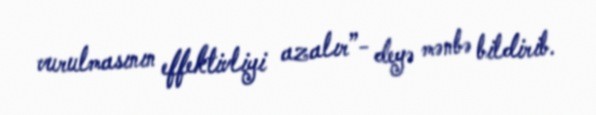
vurulmasının effektivliyi azalır”- deyə mənbə bildirib.